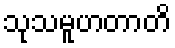
သုသမူဟတာတိ